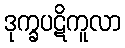
ဒုက္ခပဋိကူလာ